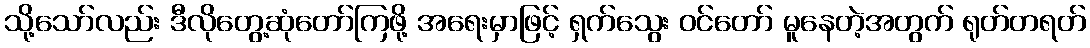
သို့သော်လည်း ဒီလိုတွေ့ဆုံတော်ကြဖို့ အရေးမှာဖြင့် ရှက်သွေး ဝင်တော် မူနေတဲ့အတွက် ရုတ်တရတ်